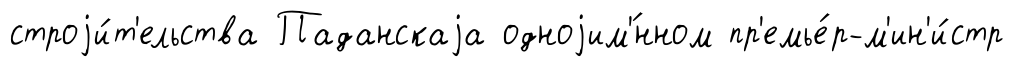
строjи́т'ельства Паданскаjа одноjим'́нном пр'емье́р-м'ин'и́стр